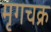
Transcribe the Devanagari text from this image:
मृगचक्र